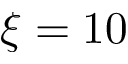
\xi = 1 0